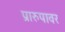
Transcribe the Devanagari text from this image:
प्रारुपावर